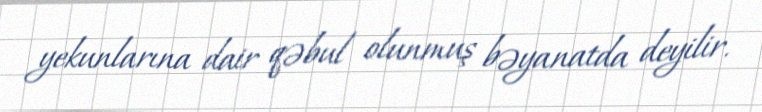
yekunlarına dair qəbul olunmuş bəyanatda deyilir.